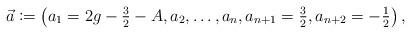
LaTeX: \begin{align*}&\vec a \coloneqq \left(a_1 = 2g - \textstyle\frac 32 - A, a_2, \dots, a_n, a_{n+1} = \frac 32, a_{n+2} = -\frac 12 \right),\end{align*}